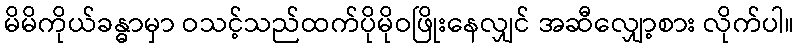
မိမိကိုယ်ခန္ဓာမှာ ဝသင့်သည်ထက်ပိုမိုဝဖြိုးနေလျှင် အဆီလျှော့စား လိုက်ပါ။